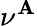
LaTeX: \nu^{\mathbf{A}}